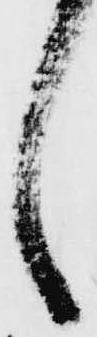
し